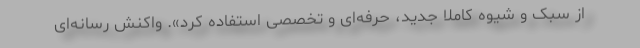
از سبک و شیوه کاملا جدید، حرفه‌ای و تخصصی استفاده کرد». واکنش رسانه‌ای